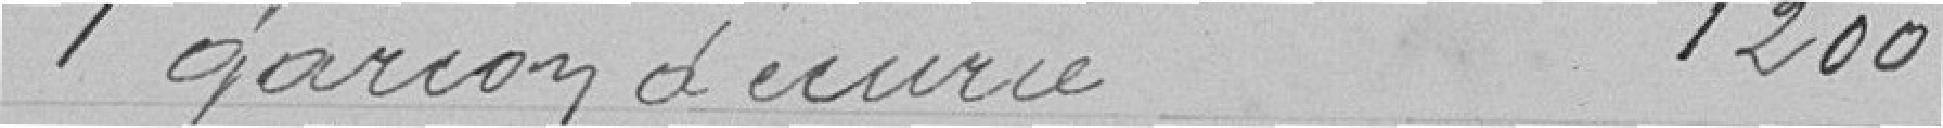
1 garçon d'écurie 1200